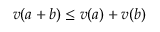
v ( a + b ) \leq v ( a ) + v ( b )